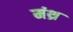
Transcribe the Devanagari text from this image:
मंथ्र